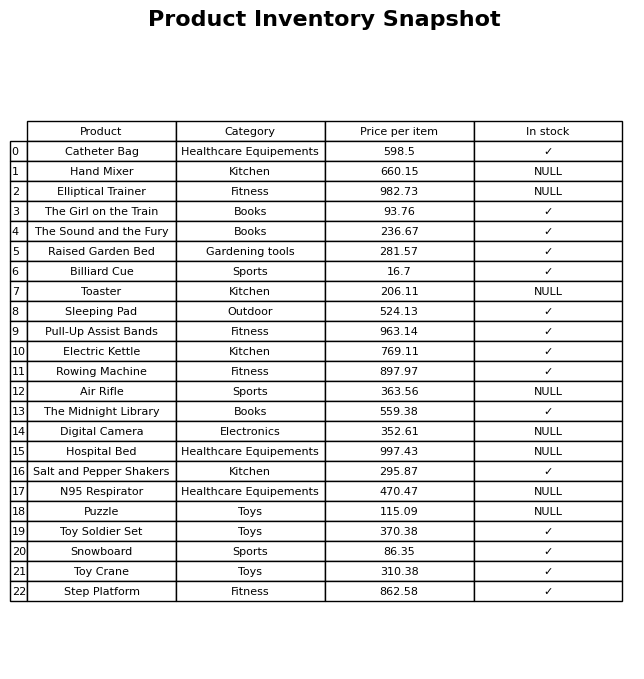
question: What is the price of the Digital Camera?
answer: The price of Digital Camera is 352.61.